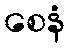
စေနံ